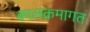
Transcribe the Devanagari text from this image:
कालक्रमागत